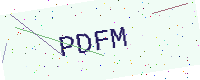
Text: PDFM